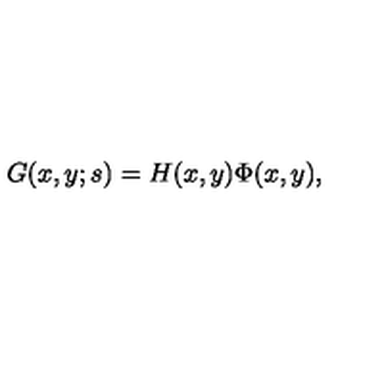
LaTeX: G ( x , y ; s ) = H ( x , y ) \Phi ( x , y ) ,